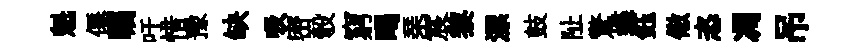
魁僊瞩吁惜豫缺吸密彀窮暍琹宸黎漂鼓阯驚蝶鈺儆恣凋吊